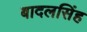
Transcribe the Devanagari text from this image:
बादलसिंह